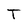
Character: T